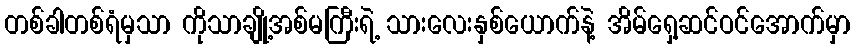
တစ်ခါတစ်ရံမှသာ ကိုသာချို့အစ်မကြီးရဲ့ သားလေးနှစ်ယောက်နဲ့ အိမ်ရှေ့ဆင်ဝင်အောက်မှာ